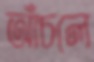
আঁচলে